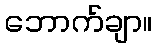
ဘောက်ချာ။